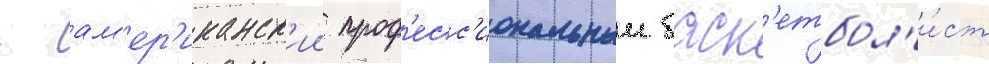
- ам'ер'иканск'ии проф'есс'иональныи баск'етбол'и́ст